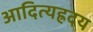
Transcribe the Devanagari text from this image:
आदित्यह्रदय